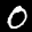
Label: 0